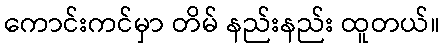
ကောင်းကင်မှာ တိမ် နည်းနည်း ထူတယ်။